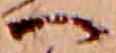
へ